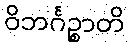
ဝိဘင်္ဂဉ္စာတိ